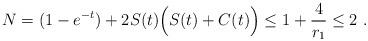
LaTeX: \begin{align*}N=(1-e^{-t})+2S(t)\Big(S(t)+C(t)\Big)\le 1+\frac{4}{r_1}\le 2~.\end{align*}